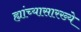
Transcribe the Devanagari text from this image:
ह्यांच्यासारख्ये